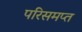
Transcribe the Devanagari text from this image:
परिसमप्‍त